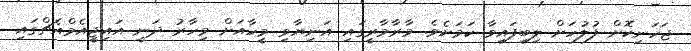
ޖަހަނިކޮށް ފުލުހަށް ލިބިފައިވާ ކަަމަށެވެ. މާރާމާރީގައި އަނިޔާވި މީހާއަށް މިހާރު ދަނީ އައިޖީއެމްއެޗްގައި